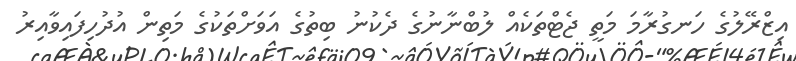
އިޒްރޭލުގެ ހަނގުރާމަ މަތީ ޖެޓްތަކެއް ލުބްނާނުގެ ދެކުނު ބިތުގެ އަވަށްތަކުގެ މަތިން އުދުހިފައިވާއިރު